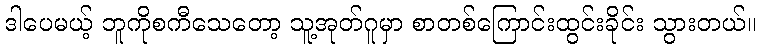
ဒါပေမယ့် ဘူကိုစကီသေတော့ သူ့အုတ်ဂူမှာ စာတစ်ကြောင်းထွင်းခိုင်း သွားတယ်။